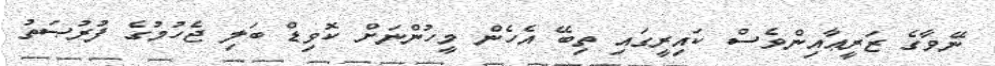
ނޭވާގެ ޒަރީޢާއިންވެސް ކައިރީގައި ތިބޭ އެހެން މީހުންނަށް ކޮވިޑް ބަލި ޖެހުމުގެ ފުރުޞަތު